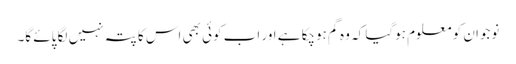
نوجوان کو معلوم ہوگیا کہ وہ گم ہوچکا ہے اور اب کوئی بھی اس کا پتہ نہیں لگا پائے گا۔